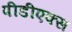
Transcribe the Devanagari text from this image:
पीडीएक्स